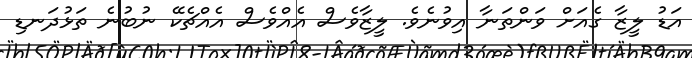
އަޑު ލީޒާ ގެއަށް ވަންތަނާ އިވުނެވެ. ލީޒާވެސް އެއްވެސް އެއްޗެކޭ ނުބުނެ ތަޅުދަނޑި